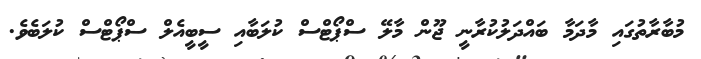
މުބާރާތުގައި މާދަމާ ބައްދަލުކުރާނީ ޖޫން މާލޭ ސްޕޯޓްސް ކުލަބާއި ސީބީއެލް ސްޕޯޓްސް ކުލަބެވެ.